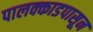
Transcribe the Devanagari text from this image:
पालक्काडपासून